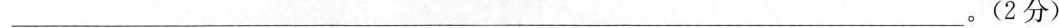
___。(2分)